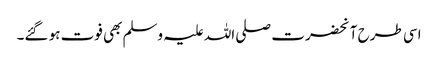
اسی طرح آنحضرت صلی اللہ علیہ وسلم بھی فوت ہو گئے۔